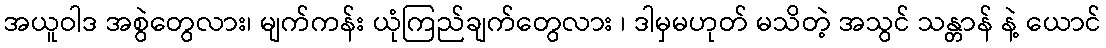
အယူဝါဒ အစွဲတွေလား၊ မျက်ကန်း ယုံကြည်ချက်တွေလား ၊ ဒါမှမဟုတ် မသိတဲ့ အသွင် သန္တာန် နဲ့ ယောင်